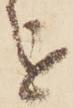
を